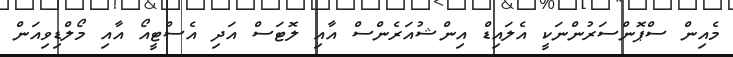
މެއިން ސްޕޮންސަރުންނަކީ އެލައިޑް އިންޝުއަރެންސް އާއި ލޮޓަސް އަދި އެސްޓީއޯ އާއި މޯލްޑިވިއަން